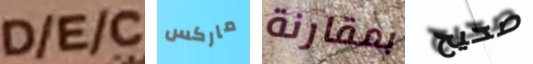
D/E/C ماركس بمقارنة صحيح